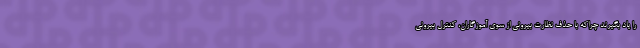
را یاد بگیرند چراکه با حذف نظارت بیرونی از سوی آموزگاران، کنترل بیرونی